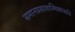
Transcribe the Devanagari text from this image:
समानप्रसावात्मिकाजाति